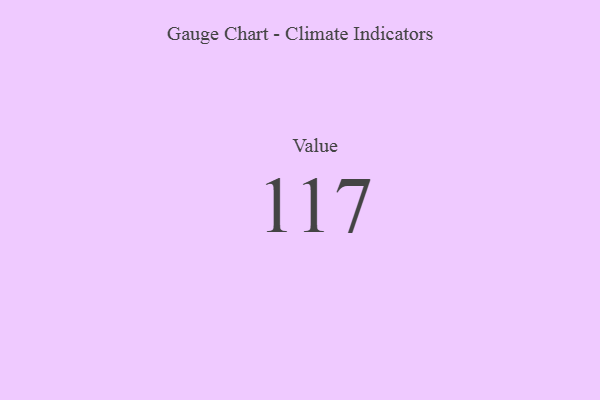
{"axis": {"x": "Metric", "y": "Value"}, "legend": [""], "data": [{"x": "Value", "y": 117, "type": ""}]}